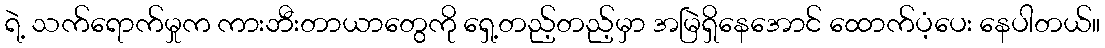
ရဲ့ သက်ရောက်မှုက ကားဘီးတာယာတွေကို ရှေ့တည့်တည့်မှာ အမြဲရှိနေအောင် ထောက်ပံ့ပေး နေပါတယ်။